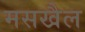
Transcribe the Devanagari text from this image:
मसखैल